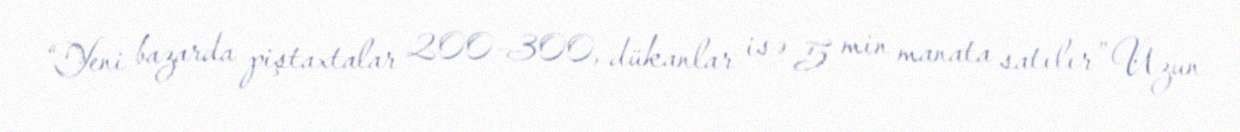
“Yeni bazarda piştaxtalar 200-300, dükanlar isə 5 min manata satılır” Uzun